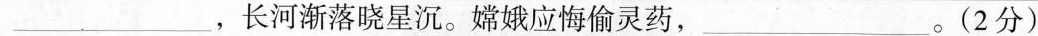
___，长河渐落晓星沉。嫦娥应悔偷灵药， ___。(2分)